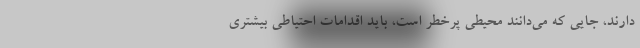
دارند، جایی که می‌دانند محیطی پرخطر است، باید اقدامات احتیاطی بیشتری